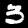
Label: 3